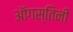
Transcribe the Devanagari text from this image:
ऑगस्तिनी